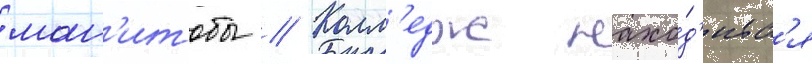
ман'итобы // Колл'едж нахо́д'итс'я